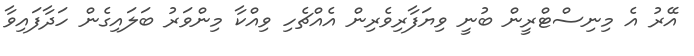
އޭރު އެ މިނިސްޓްރީން ބުނީ ވިޔަފާރިވެރިން އެއްޗެހި ވިއްކާ މިންވަރު ބަލައިގެން ހަދާފައިވާ